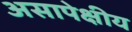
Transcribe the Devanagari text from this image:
असापेक्षीय